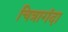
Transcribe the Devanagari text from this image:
चित्रागंदा